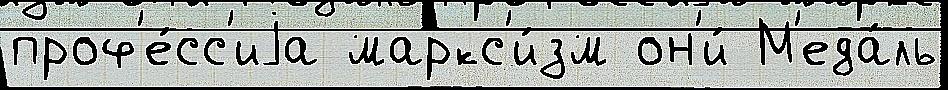
проф'е́сс'иjа маркс'и́зм он'и́ М'еда́ль